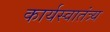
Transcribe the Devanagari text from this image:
कार्यस्वातंत्र्य